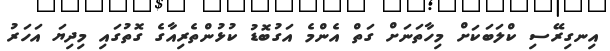
އިނގިރޭސި ކްލަބަކަށް މިހާތަނަށް ގަތް އެންމެ އަގުބޮޑު ކުޅުންތެރިއާގެ ގޮތުގައި މިދިޔަ އަހަރު